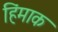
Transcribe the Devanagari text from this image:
हिंमाक